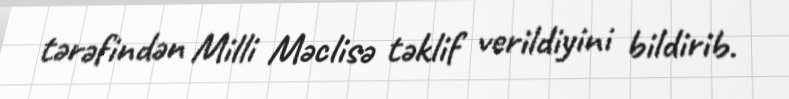
tərəfindən Milli Məclisə təklif verildiyini bildirib.